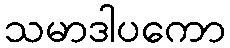
သမာဒါပကော